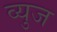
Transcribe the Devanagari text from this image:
व्युज